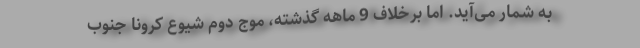
به شمار می‌آید. اما برخلاف 9 ماهه گذشته، موج دوم شیوع کرونا جنوب